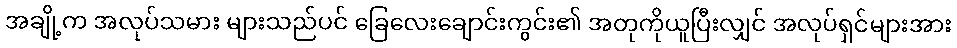
အချို့က အလုပ်သမား များသည်ပင် ခြေလေးချောင်းကွင်း၏ အတုကိုယူပြီးလျှင် အလုပ်ရှင်များအား